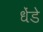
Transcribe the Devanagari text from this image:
धेंडे